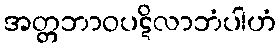
အတ္တဘာဝပဋိလာဘံပါဟံ